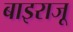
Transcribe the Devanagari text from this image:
बाइराजू